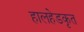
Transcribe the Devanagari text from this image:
हालहेडकृत